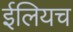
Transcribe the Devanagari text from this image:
ईलियच